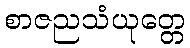
စာဇညသံယုတ္တေ